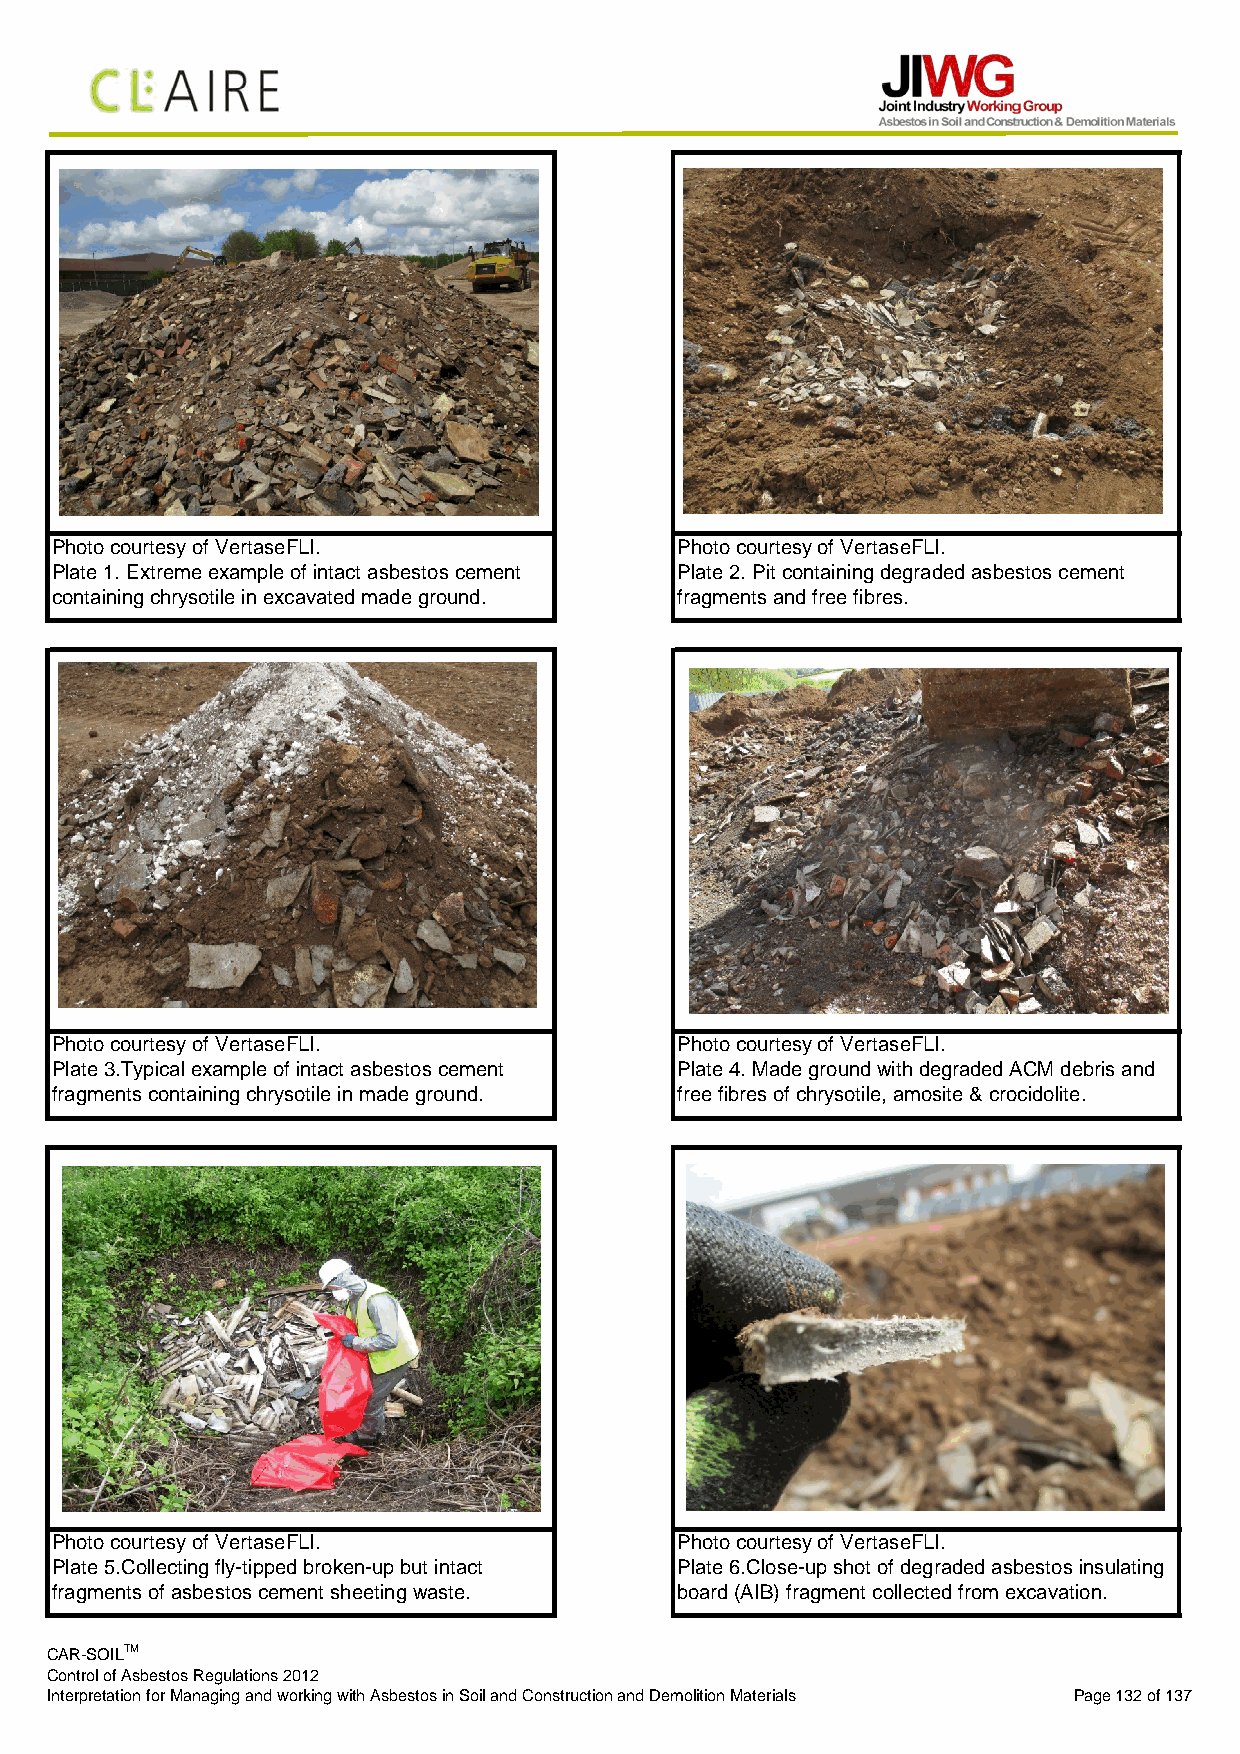
Photo courtesy of VertaseFLI.            Photo courtesy of VertaseFLI.
 Plate 1. Extreme example of intact asbestos cement Plate 2. Pit containing degraded asbestos cement
 containing chrysotile in excavated made ground. fragments and free fibres.
 Photo courtesy of VertaseFLI.            Photo courtesy of VertaseFLI.
 Plate 3.Typical example of intact asbestos cement Plate 4. Made ground with degraded ACM debris and
 fragments containing chrysotile in made ground. free fibres of chrysotile, amosite & crocidolite.
 Photo courtesy of VertaseFLI.            Photo courtesy of VertaseFLI.
 Plate 5.Collecting fly-tipped broken-up but intact Plate 6.Close-up shot of degraded asbestos insulating
 fragments of asbestos cement sheeting waste. board (AIB) fragment collected from excavation.
 CAR-SOILTM
 Control of Asbestos Regulations 2012
 Interpretation for Managing and working with Asbestos in Soil and Construction and Demolition Materials Page 132 of 137